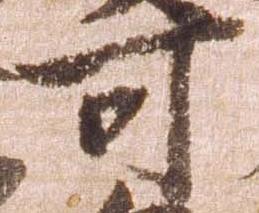
可